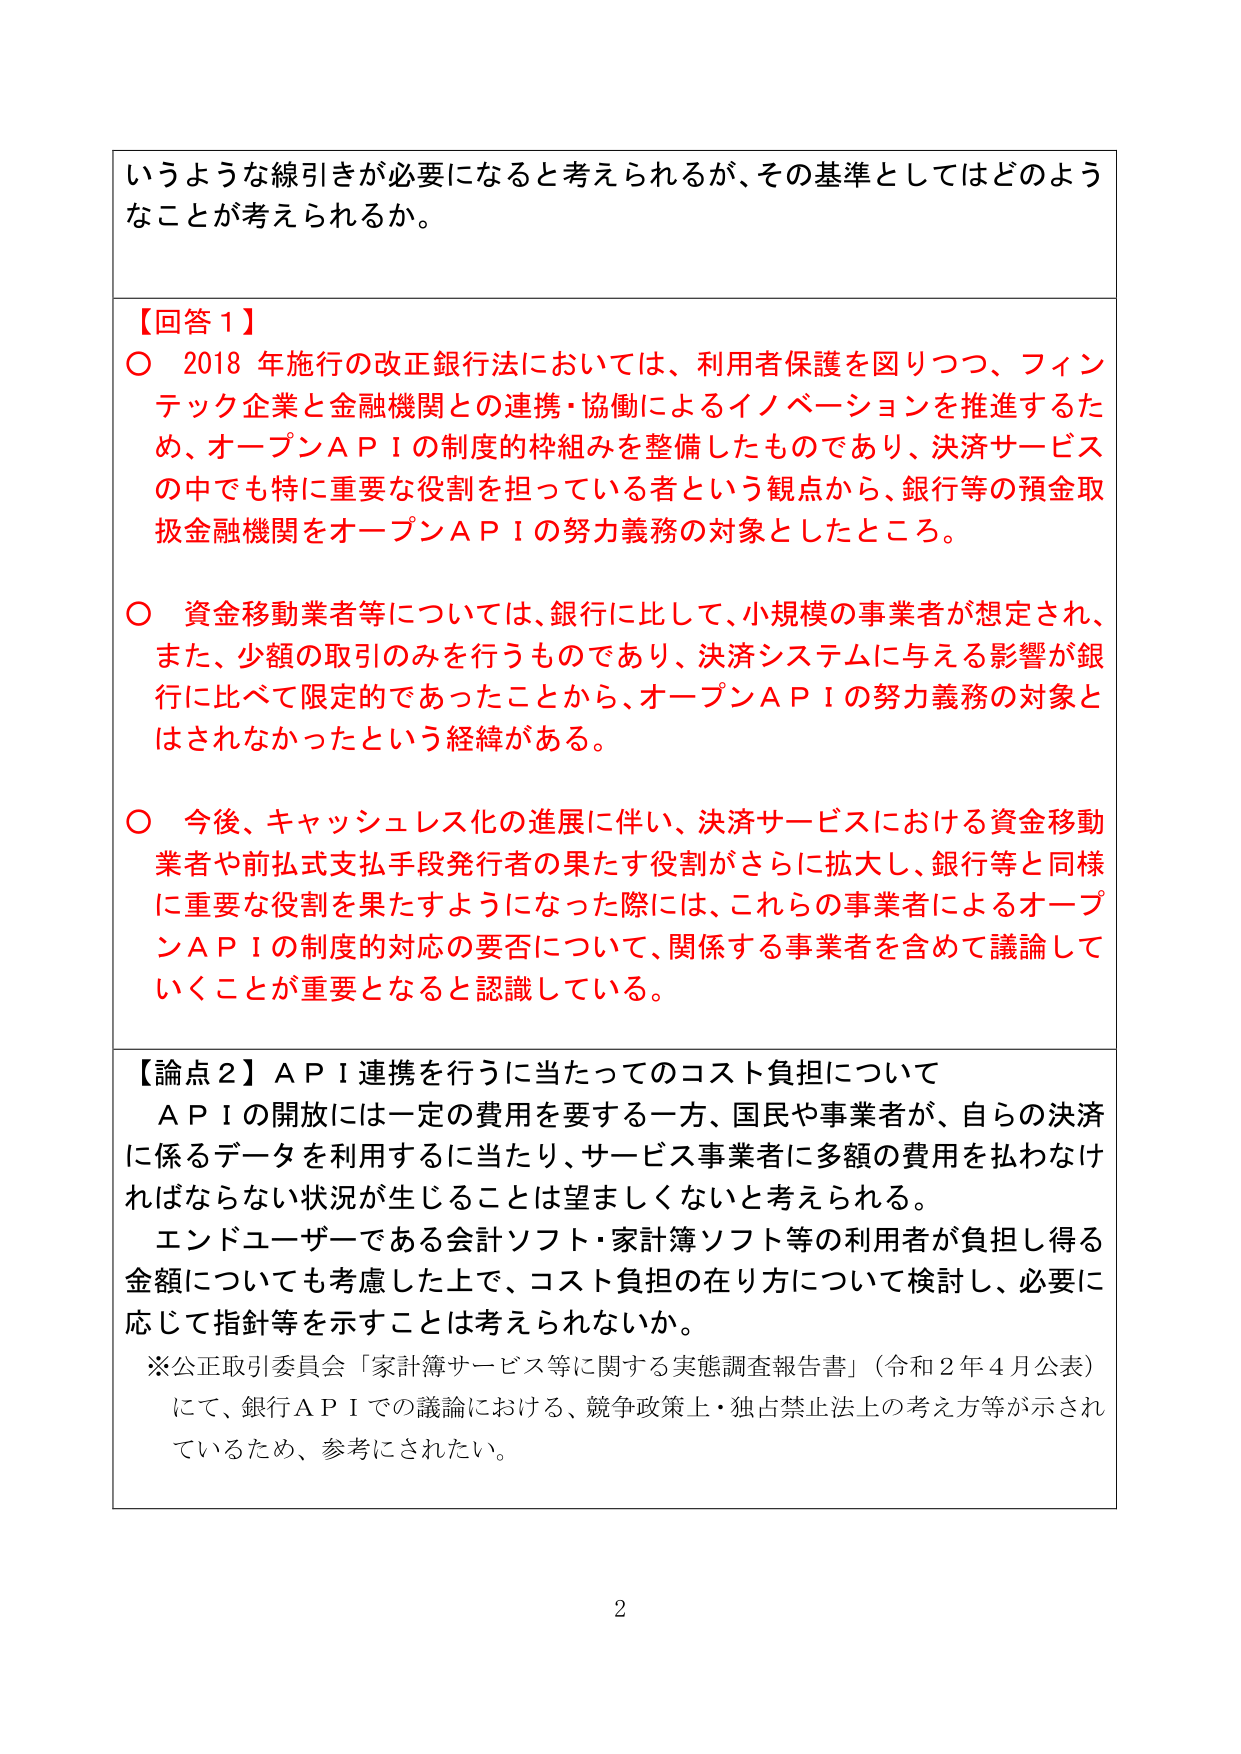
いうような線引きが必要になると考えられるが、その基準としてはどのようなことが考えられるか。

【回答１】
○ 2018年施行の改正銀行法においては、利用者保護を図りつつ、フィンテック企業と金融機関との連携・協働によるイノベーションを推進するため、オープンＡＰＩの制度的枠組みを整備したものであり、決済サービスの中でも特に重要な役割を担っている者という観点から、銀行等の預金取扱金融機関をオープンＡＰＩの努力義務の対象としたところ。

○ 資金移動業者等については、銀行に比して、小規模の事業者が想定され、また、少額の取引のみを行うものであり、決済システムに与える影響が銀行に比べて限定的であったことから、オープンＡＰＩの努力義務の対象とはされなかったという経緯がある。

○ 今後、キャッシュレス化の進展に伴い、決済サービスにおける資金移動業者や前払式支払手段発行者の果たす役割がさらに拡大し、銀行等と同様に重要な役割を果たすようになった際には、これらの事業者によるオープンＡＰＩの制度的対応の要否について、関係する事業者を含めて議論していくことが重要となると認識している。

【論点２】ＡＰＩ連携を行うに当たってのコスト負担について
ＡＰＩの開放には一定の費用を要する一方、国民や事業者が、自らの決済に係るデータを利用するに当たり、サービス事業者に多額の費用を払わなければならない状況が生じることは望ましくないと考えられる。
エンドユーザーである会計ソフト・家計簿ソフト等の利用者が負担し得る金額についても考慮した上で、コスト負担の在り方について検討し、必要に応じて指針等を示すことは考えられないか。
※公正取引委員会「家計簿サービス等に関する実態調査報告書」（令和２年４月公表）にて、銀行ＡＰＩでの議論における、競争政策上・独占禁止法上の考え方等が示されているため、参考にされたい。

2